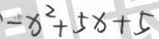
- x ^ { 2 } + 5 x + 5